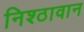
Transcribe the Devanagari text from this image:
निश्ठावान